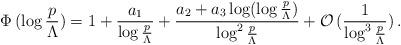
LaTeX: \begin{align*}\Phi\,(\log\frac{p}{\Lambda}) = 1 + \frac{a_1}{\log\frac{p}{\Lambda}} + \frac{a_2 + a_3\log(\log\frac{p}{\Lambda})}{\log^2\frac{p}{\Lambda}} + \mathcal{O}\,(\frac{1}{\log^3\frac{p}{\Lambda}})\,.\end{align*}